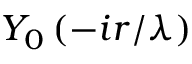
Y _ { 0 } \left( - i r / \lambda \right)